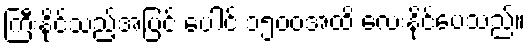
ကြီးနိုင်သည့်အပြင် ပေါင် ၁၅၀၀အထိ လေးနိုင်ပေသည်။